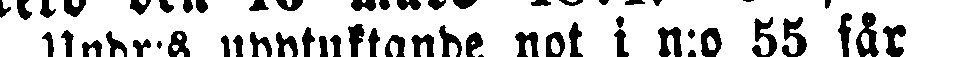
Andr:s upptuktande not i n:o 55 får